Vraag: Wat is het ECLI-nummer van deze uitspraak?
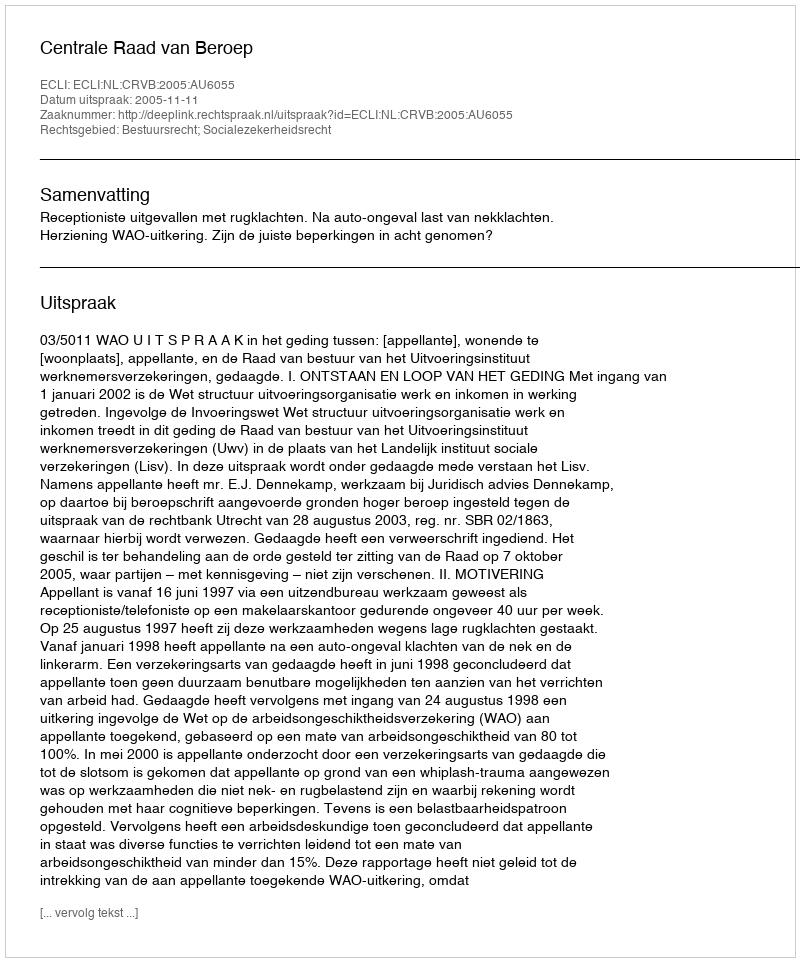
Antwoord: ECLI:NL:CRVB:2005:AU6055